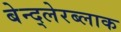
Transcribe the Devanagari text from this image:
बेन्द्लेरब्लाक